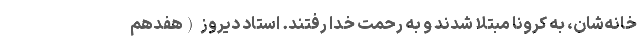
خانه‌شان، به کرونا مبتلا شدند و به رحمت خدا رفتند. استاد دیروز (هفدهم